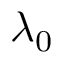
\lambda _ { 0 }